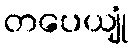
တပေယျုံ